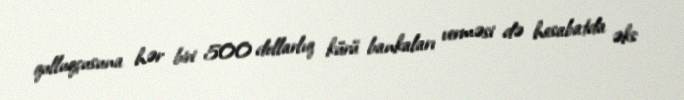
qulluqçusuna hər biri 500 dollarlıq kürü bankaları verməsi də hesabatda əks